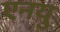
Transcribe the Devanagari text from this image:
एनयु